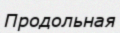
Продольная